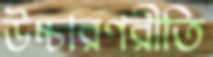
উচ্চারণরীতি